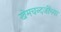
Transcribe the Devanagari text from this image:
खेमचन्दजींच्या